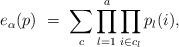
LaTeX: \begin{align*}e_{\alpha}(p)\ = \ \sum_{c} \prod_{l=1}^a\prod_{i\in c_l}p_{l}(i),\end{align*}